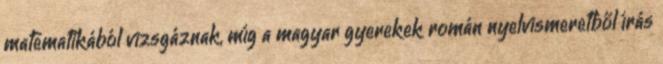
matematikából vizsgáznak, míg a magyar gyerekek román nyelvismeretből írás